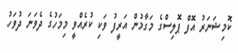
ކޮމިޝަނަރު އޮފް ޕޮލިސްގެ މަގާމުން އަރީފު ވަކި ކުރެއްވީ މިމަހުގެ ދެވަނަ ދުވަހު